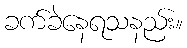
ခက်ခဲနေရသနည်း။